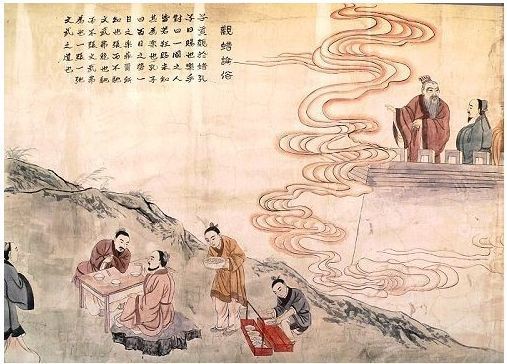
富而可求也，虽执鞭之士，吾亦为之，如不可求，从吾所好。